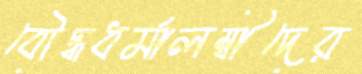
বৌদ্ধধর্মালম্বীদের